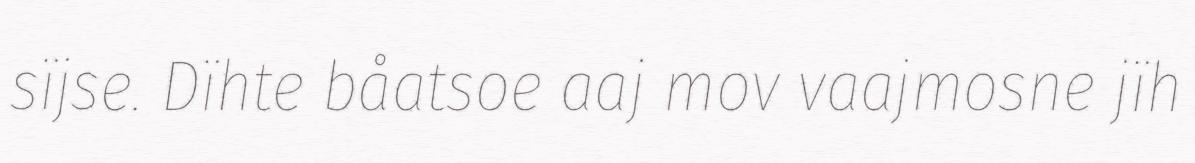
sïjse. Dïhte båatsoe aaj mov vaajmosne jïh